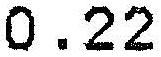
0.22